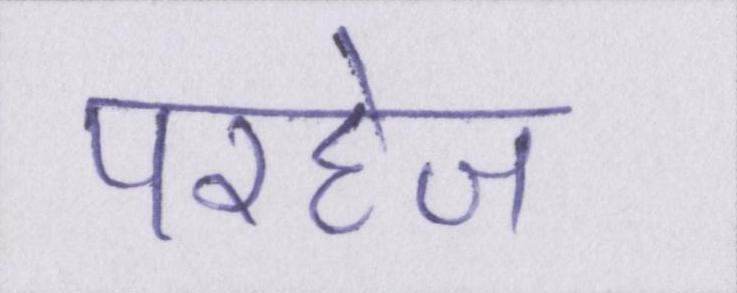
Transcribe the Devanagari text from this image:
परहेज